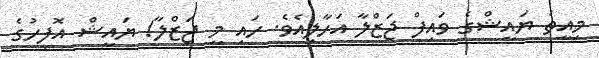
މިއީތަ ޔައީޝްގެ ވައިފް ޖަޒްލާ އަހާލިއެވެ. ހައި މީ ޖަޒްލާ! ޔައީޝް އޮފީހުގެ